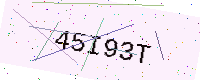
Text: 45I93T